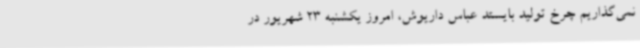
نمی‌گذاریم چرخ تولید بایستد عباس داریوش، امروز یکشنبه 23 شهریور در